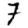
Digit: 7